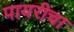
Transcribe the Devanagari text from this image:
पायरीचा